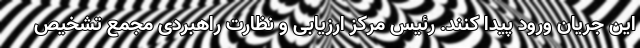
این جریان ورود پیدا کنند. رئیس مرکز ارزیابی و نظارت راهبردی مجمع تشخیص